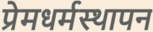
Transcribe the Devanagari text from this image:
प्रेमधर्मस्थापन